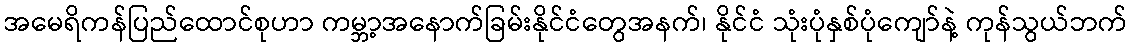
အမေရိကန်ပြည်ထောင်စုဟာ ကမ္ဘာ့အနောက်ခြမ်းနိုင်ငံတွေအနက်၊ နိုင်ငံ သုံးပုံနှစ်ပုံကျော်နဲ့ ကုန်သွယ်ဘက်